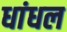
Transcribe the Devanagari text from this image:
धांधल